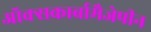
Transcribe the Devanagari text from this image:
ऑक्सकार्बामैजेपीन